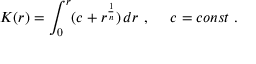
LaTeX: K ( r ) = \int _ { 0 } ^ { r } ( c + r ^ { \frac { 1 } { n } } ) \, d r \ , \ \ \ \ c = c o n s t \ .